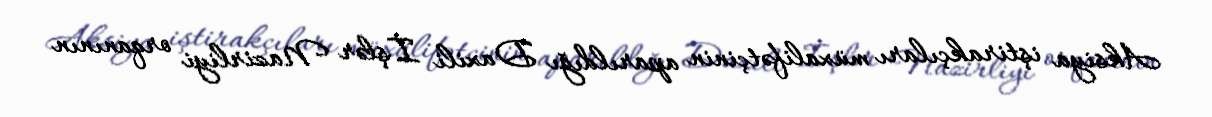
Aksiya iştirakçıları müxalifətçinin aparıldığı Daxili İşlər Nazirliyi orqanının